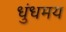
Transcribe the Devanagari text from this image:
धुंधमय